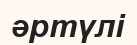
әртүлі